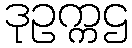
ဒုဥက္ကဌ